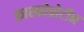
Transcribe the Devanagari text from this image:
फ़ास्फोप्रोटीन